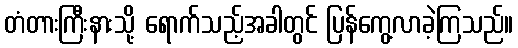
တံတားကြီးနားသို့ ရောက်သည့်အခါတွင် ပြန်ကွေ့လာခဲ့ကြသည်။